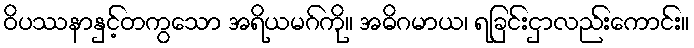
ဝိပဿနာနှင့်တကွသော အရိယမဂ်ကို။ အဓိဂမာယ၊ ရခြင်းငှာလည်းကောင်း။